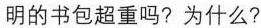
明的书包超重吗?为什么?